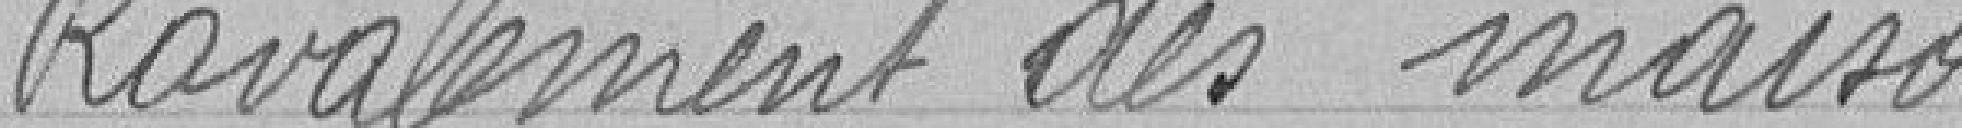
Ravalement des maisons